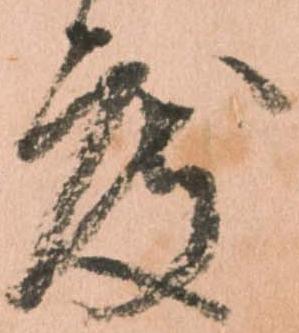
度